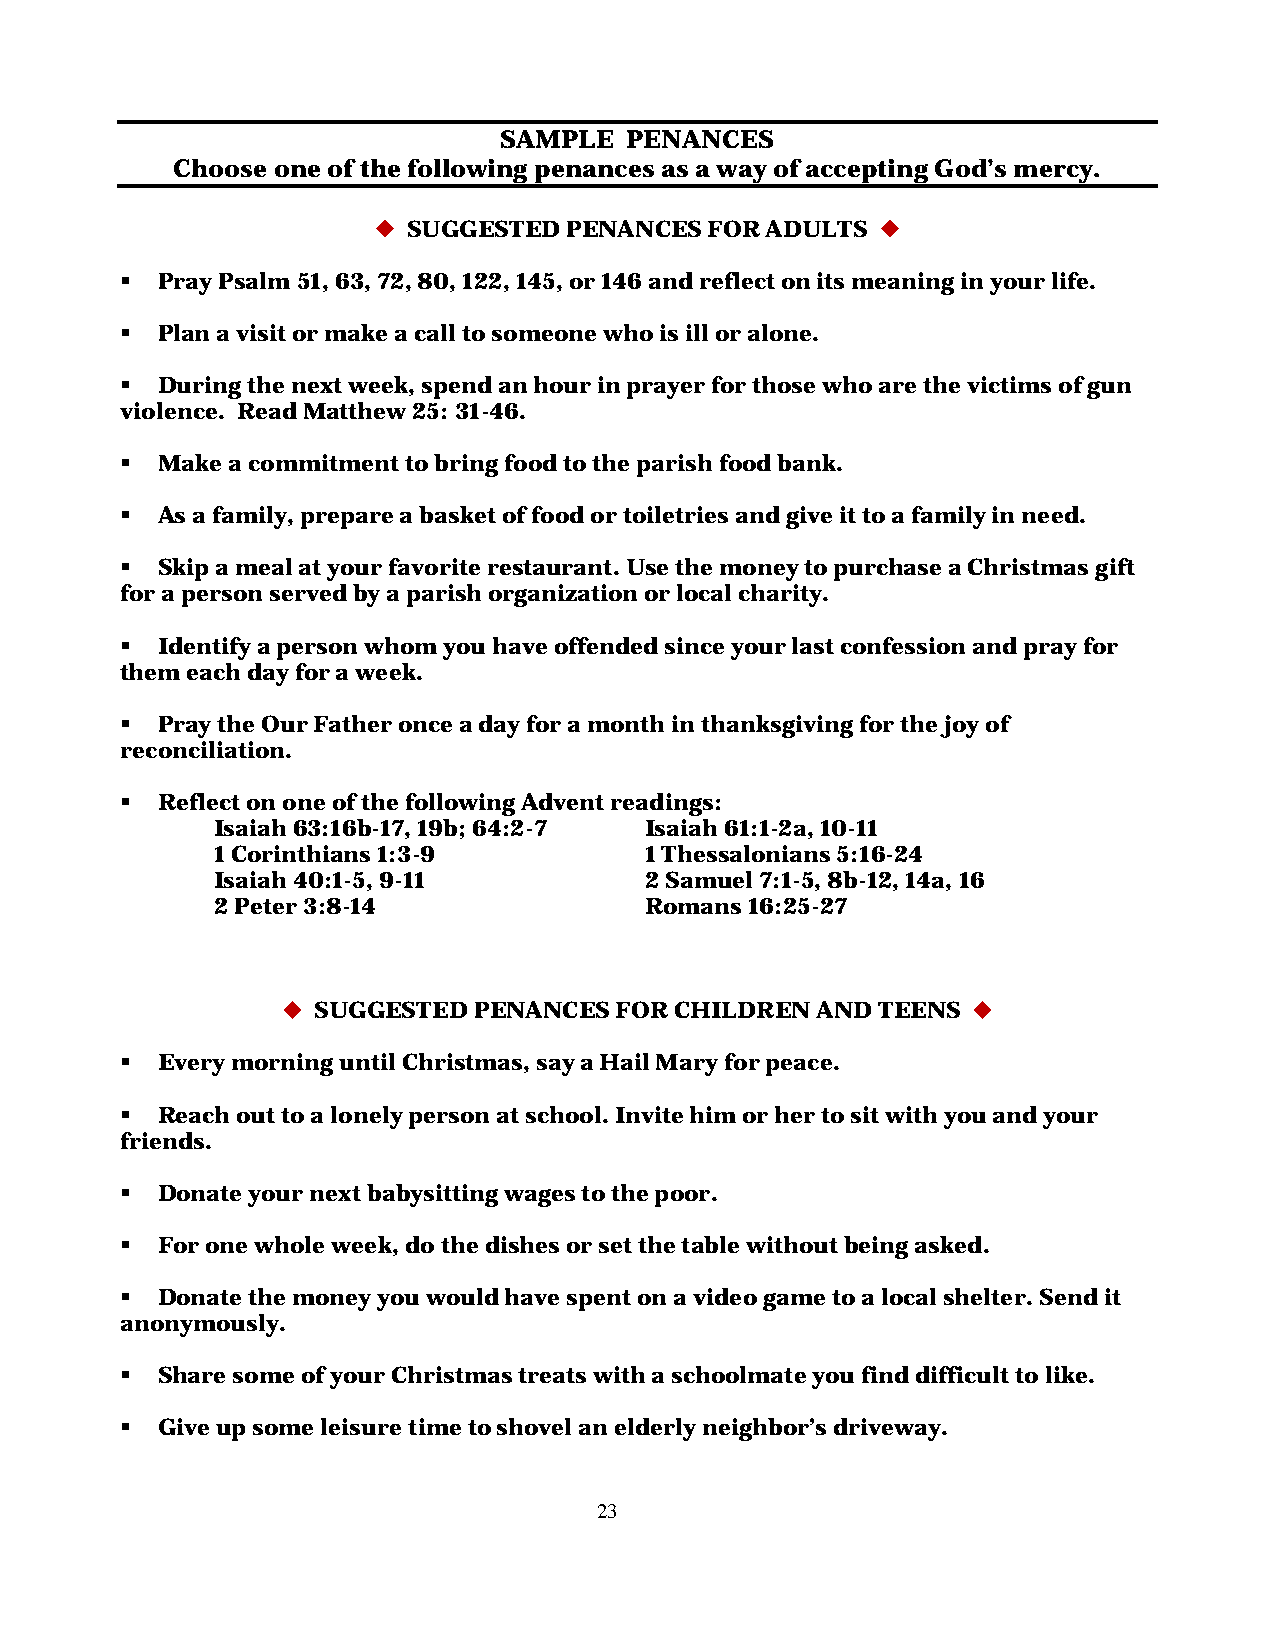
SAMPLE  PENANCES
 Choose one of the following penances as a way of accepting God’s mercy.
  SUGGESTED PENANCES  FOR ADULTS 
  Pray Psalm 51, 63, 72, 80, 122, 145, or 146 and reflect on its meaning in your life.
  Plan a visit or make a call to someone who is ill or alone.
  During the next week, spend an hour in prayer for those who are the victims of gun
 violence. Read Matthew 25: 31-46.
  Make a commitment to bring food to the parish food bank.
  As a family, prepare a basket of food or toiletries and give it to a family in need.
  Skip a meal at your favorite restaurant. Use the money to purchase a Christmas gift
 for a person served by a parish organization or local charity.
  Identify a person whom you have offended since your last confession and pray for
 them each day for a week.
  Pray the Our Father once a day for a month in thanksgiving for the joy of
 reconciliation.
  Reflect on one of the following Advent readings:
 Isaiah 63:16b-17, 19b; 64:2-7 Isaiah 61:1-2a, 10-11
 1 Corinthians 1:3-9          1 Thessalonians 5:16-24
 Isaiah 40:1-5, 9-11          2 Samuel 7:1-5, 8b-12, 14a, 16
 2 Peter 3:8-14               Romans 16:25-27
  SUGGESTED PENANCES  FOR CHILDREN AND TEENS 
  Every morning until Christmas, say a Hail Mary for peace.
  Reach out to a lonely person at school. Invite him or her to sit with you and your
 friends.
  Donate your next babysitting wages to the poor.
  For one whole week, do the dishes or set the table without being asked.
  Donate the money you would have spent on a video game to a local shelter. Send it
 anonymously.
  Share some of your Christmas treats with a schoolmate you find difficult to like.
  Give up some leisure time to shovel an elderly neighbor’s driveway.
 23